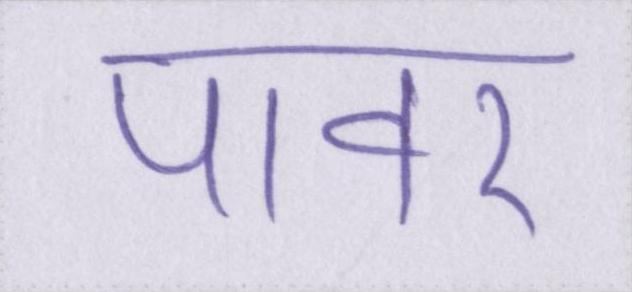
पावर